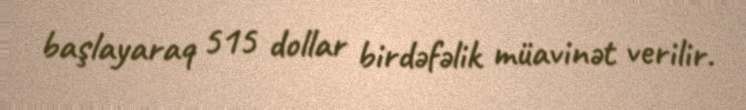
başlayaraq 515 dollar birdəfəlik müavinət verilir.